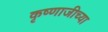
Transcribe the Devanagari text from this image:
कृष्णाजीच्या